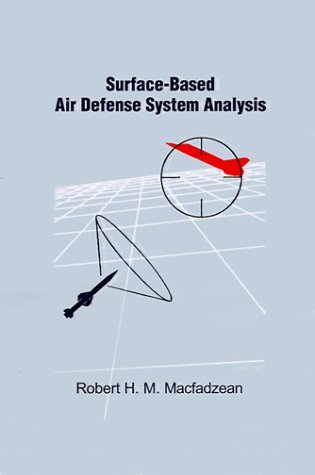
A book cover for Surface-Based Air Defense System Analysis (Artech House Radar Library); Robert H. M. Macfadzean; Engineering & Transportation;